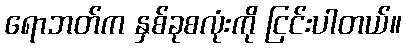
ရောဘတ်က နှစ်ခုစလုံးကို ငြင်းပါတယ်။